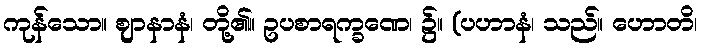
ကုန်သော။ ဈာနာနံ၊ တို့၏။ ဥပစာရက္ခဏေ၊ ၌။ (ပဟာနံ၊ သည်။ ဟောတိ၊